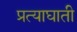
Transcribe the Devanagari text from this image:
प्रत्याघाती